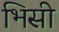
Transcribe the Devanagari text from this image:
भिसी